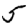
Digit: 5